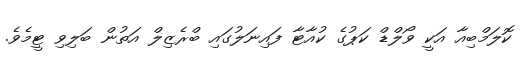
ކޮލަމްބިއާ އަކީ ވޯލްޑް ކަޕުގެ ކުއާޓާ ފައިނަލުގައި ބްރެޒިލް އަތުން ބަލިވި ޓީމެވެ.